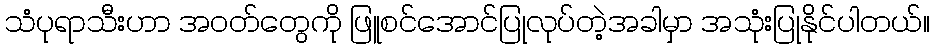
သံပုရာသီးဟာ အဝတ်တွေကို ဖြူစင်အောင်ပြုလုပ်တဲ့အခါမှာ အသုံးပြုနိုင်ပါတယ်။